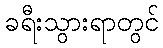
ခရီးသွားရာတွင်